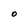
Character: O